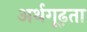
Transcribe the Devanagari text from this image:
अर्थगूढ़ता